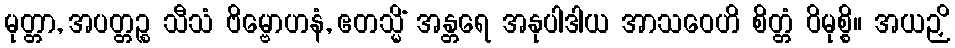
မုတ္တာ, အပတ္တဉ္စ သီသံ ဗိမ္ဗောဟနံ, ဧတသ္မိံ အန္တရေ အနုပါဒါယ အာသဝေဟိ စိတ္တံ ဝိမုစ္စိ။ အယဉှိ